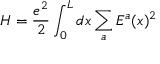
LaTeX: H = \frac { e ^ { 2 } } { 2 } \int _ { 0 } ^ { L } d x \sum _ { a } E ^ { a } ( x ) ^ { 2 }